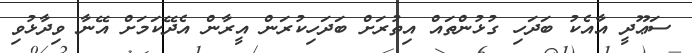
ސަޢޫދީ އާއެކު ބަދަހި ގުޅުންތައް އިތުރަށް ބަދަހިކުރަން އީރާން އެދޭކަމަށް އޭނާ ވިދާޅުވި